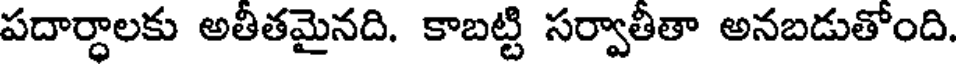
పదార్ధాలకు అతీతమైనది. కాబట్టి సర్వాతీతా అనబడుతోంది.